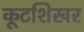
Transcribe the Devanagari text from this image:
कूटशिखर